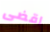
اقضى